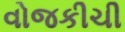
વોજકીચી